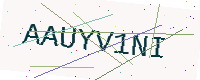
Text: AAUYV1NI